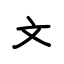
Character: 文